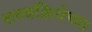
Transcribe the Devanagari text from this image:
शस्त्रक्रियेच्या